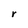
Character: r